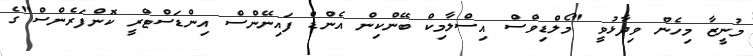
މުނީޒާ މިހެން ވިދާޅުވީ "މޯލްޑިވްސް އިސްލާމިކް ބޭންކިން އެންޑް ފައިނޭންސް އިންޑަސްޓްރީ ކޮންފަރެންސް"ގެ